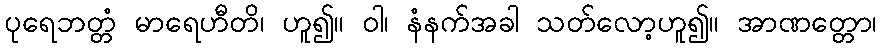
ပုရေဘတ္တံ မာရေဟီတိ၊ ဟူ၍။ ဝါ၊ နံနက်အခါ သတ်လော့ဟူ၍။ အာဏတ္တော၊